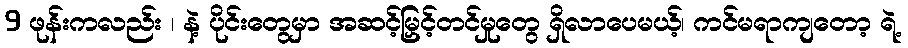
9 ဖုန်းကလည်း ၊ နဲ့ ပိုင်းတွေမှာ အဆင့်မြှင့်တင်မှုတွေ ရှိလာပေမယ့်၊ ကင်မရာကျတော့ ရဲ့